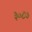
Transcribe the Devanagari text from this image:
३०८७